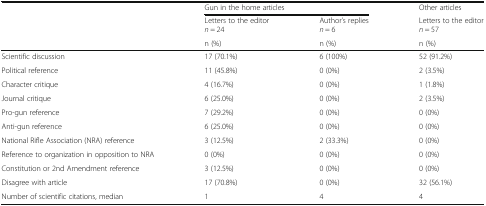
<table><thead><tr><td rowspan="2"></td><td colspan="2"><b>Gun in the home articles</b></td><td><b>Other articles</b></td></tr><tr><td><b>Letters to the editor<i>n</i> = 24</b></td><td><b>Author’s replies<i>n</i> = 6</b></td><td><b>Letters to the editor<i>n</i> = 57</b></td></tr><tr><td></td><td><b>n (%)</b></td><td><b>n (%)</b></td><td><b>n (%)</b></td></tr></thead><tbody><tr><td>Scientific discussion</td><td>17 (70.1%)</td><td>6 (100%)</td><td>52 (91.2%)</td></tr><tr><td>Political reference</td><td>11 (45.8%)</td><td>0 (0%)</td><td>2 (3.5%)</td></tr><tr><td>Character critique</td><td>4 (16.7%)</td><td>0 (0%)</td><td>1 (1.8%)</td></tr><tr><td>Journal critique</td><td>6 (25.0%)</td><td>0 (0%)</td><td>2 (3.5%)</td></tr><tr><td>Pro-gun reference</td><td>7 (29.2%)</td><td>0 (0%)</td><td>0 (0%)</td></tr><tr><td>Anti-gun reference</td><td>6 (25.0%)</td><td>0 (0%)</td><td>0 (0%)</td></tr><tr><td>National Rifle Association (NRA) reference</td><td>3 (12.5%)</td><td>2 (33.3%)</td><td>0 (0%)</td></tr><tr><td>Reference to organization in opposition to NRA</td><td>0 (0%)</td><td>0 (0%)</td><td>0 (0%)</td></tr><tr><td>Constitution or 2nd Amendment reference</td><td>3 (12.5%)</td><td>0 (0%)</td><td>0 (0%)</td></tr><tr><td>Disagree with article</td><td>17 (70.8%)</td><td>0 (0%)</td><td>32 (56.1%)</td></tr><tr><td>Number of scientific citations, median</td><td>1</td><td>4</td><td>4</td></tr></tbody></table>